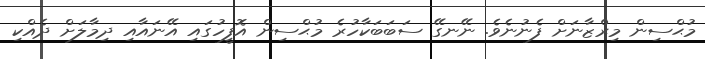
މުޙްސިން މިރްޒާނަށް ފެނުނެވެ. ނޭނގޭ ސަބަބަކާހުރެ މުޙްސިން އޮފީހުގައި އޭނައާއި ދިމާލަށް ދެއްކި